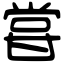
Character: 甞